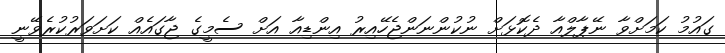
ގައުމު ކަމަށްވާ ނޭޕާލްއާ ދެކޮޅަށް ނުކުންނަންޖެހޭއިރު އިންޑިއާ އަށް ސެމީގެ ޖާގައެއް ކަށަވަރުކުރެވޭނީ